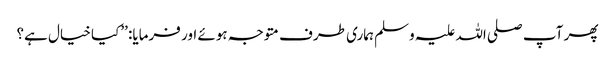
پھر آپ صلی اللہ علیہ وسلم ہماری طرف متوجہ ہوئے اور فرمایا: ’’کیا خیال ہے؟